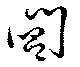
閶